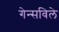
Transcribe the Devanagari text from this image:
गेन्सविले